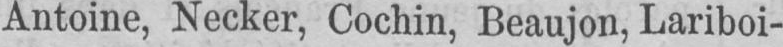
Antoine, Necker, Cochin, Beaujon, Lariboi-